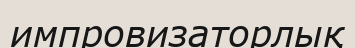
импровизаторлық